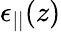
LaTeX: \epsilon_{||}(z)